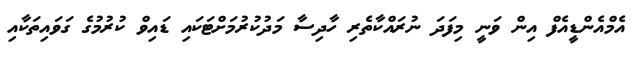
އެމްއެންޑީއެފް އިން ވަނީ މިފަދަ ނުރައްކާތެރި ހާދިސާ މަދުކުރުމަށްޓަކައި ޑައިވް ކުރުމުގެ ގަވައިތަކާއި